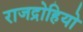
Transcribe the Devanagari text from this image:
राजद्रोहियो